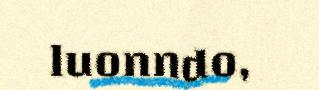
luonndo,